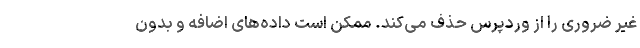
غیر ضروری را از وردپرس حذف می‌کند. ممکن است داده‌های اضافه و بدون